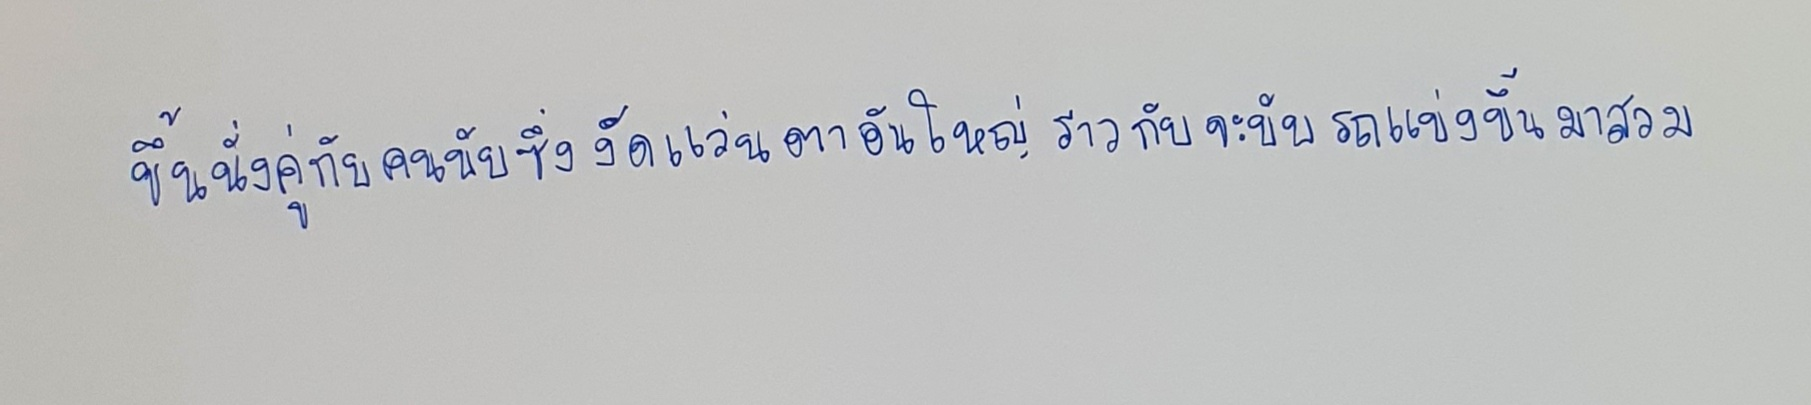
ขึ้นนั่งคู่กับคนขับซึ่งงัดแว่นตาอันใหญ่ราวกับจะขับรถแข่งขึ้นมาสวม